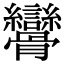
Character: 𩪾